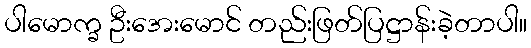
ပါမောက္ခ ဦးအေးမောင် တည်းဖြတ်ပြဋ္ဌာန်းခဲ့တာပါ။